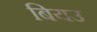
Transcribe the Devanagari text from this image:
बियउ